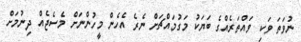
ނުވަތަ ވަކި ވައްތަރެއްގެ ބަޔަކު މަގުމައްޗަށް ނެރެ އެހެން މީހުންނަށް މެސެޖެއް ދިނުމަށް